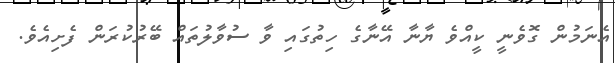
އެނަމުން ގޮވެނީ ކީއްވެ ޔާނާ އޭނާގެ ހިތުގައި ވާ ސުވާލުތައް ބޭރުކުރަން ފެށިއެވެ.